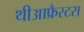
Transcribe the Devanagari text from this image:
थीआफ्रैस्टस